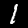
Digit: 1